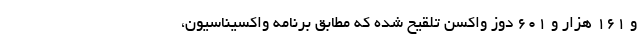
و ۱۶۱ هزار و ۶۰۱ دوز واکسن تلقیح شده که مطابق برنامه واکسیناسیون،